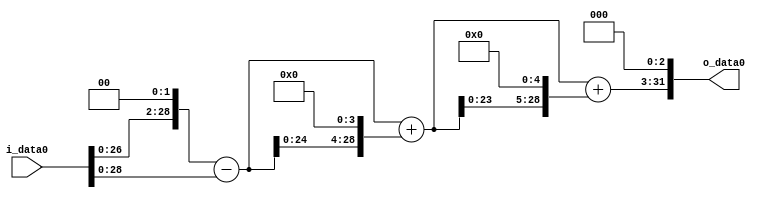
module multiplier_block (
    i_data0,
    o_data0
);

  // Port mode declarations:
  input   [31:0] i_data0;
  output  [31:0]
    o_data0;

  //Multipliers:

  wire [31:0]
    w1,
    w4,
    w3,
    w48,
    w51,
    w1632,
    w1683,
    w13464;

  assign w1 = i_data0;
  assign w13464 = w1683 << 3;
  assign w1632 = w51 << 5;
  assign w1683 = w51 + w1632;
  assign w3 = w4 - w1;
  assign w4 = w1 << 2;
  assign w48 = w3 << 4;
  assign w51 = w3 + w48;

  assign o_data0 = w13464;

  //multiplier_block area estimate = 4330.97284268971;
endmodule